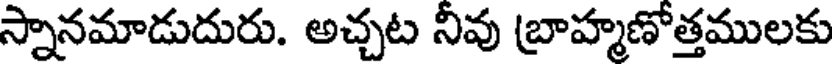
స్నానమాడుదురు. అచ్చట నీవు బ్రాహ్మణోత్తములకు